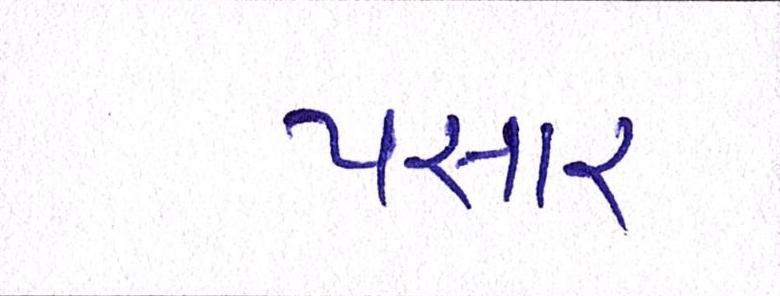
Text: પસાર